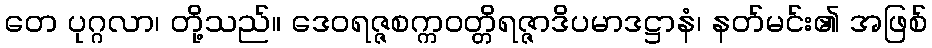
တေ ပုဂ္ဂလာ၊ တို့သည်။ ဒေဝရဇ္ဇစက္ကဝတ္တိရဇ္ဇာဒိပမာဒဋ္ဌာနံ၊ နတ်မင်း၏ အဖြစ်